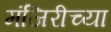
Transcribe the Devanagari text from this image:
मंजिरीच्या